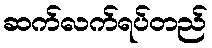
ဆက်လက်ရပ်တည်